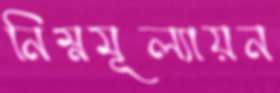
নিম্নমূল্যায়ন